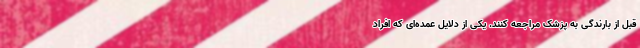
قبل از بارندگی به پزشک مراجعه کنند. یکی از دلایل عمده‌ای که افراد